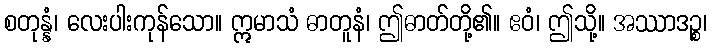
စတုန္နံ၊ လေးပါးကုန်သော။ ဣမာသံ ဓာတူနံ၊ ဤဓာတ်တို့၏။ ဧဝံ၊ ဤသို့။ အဿာဒဉ္စ၊